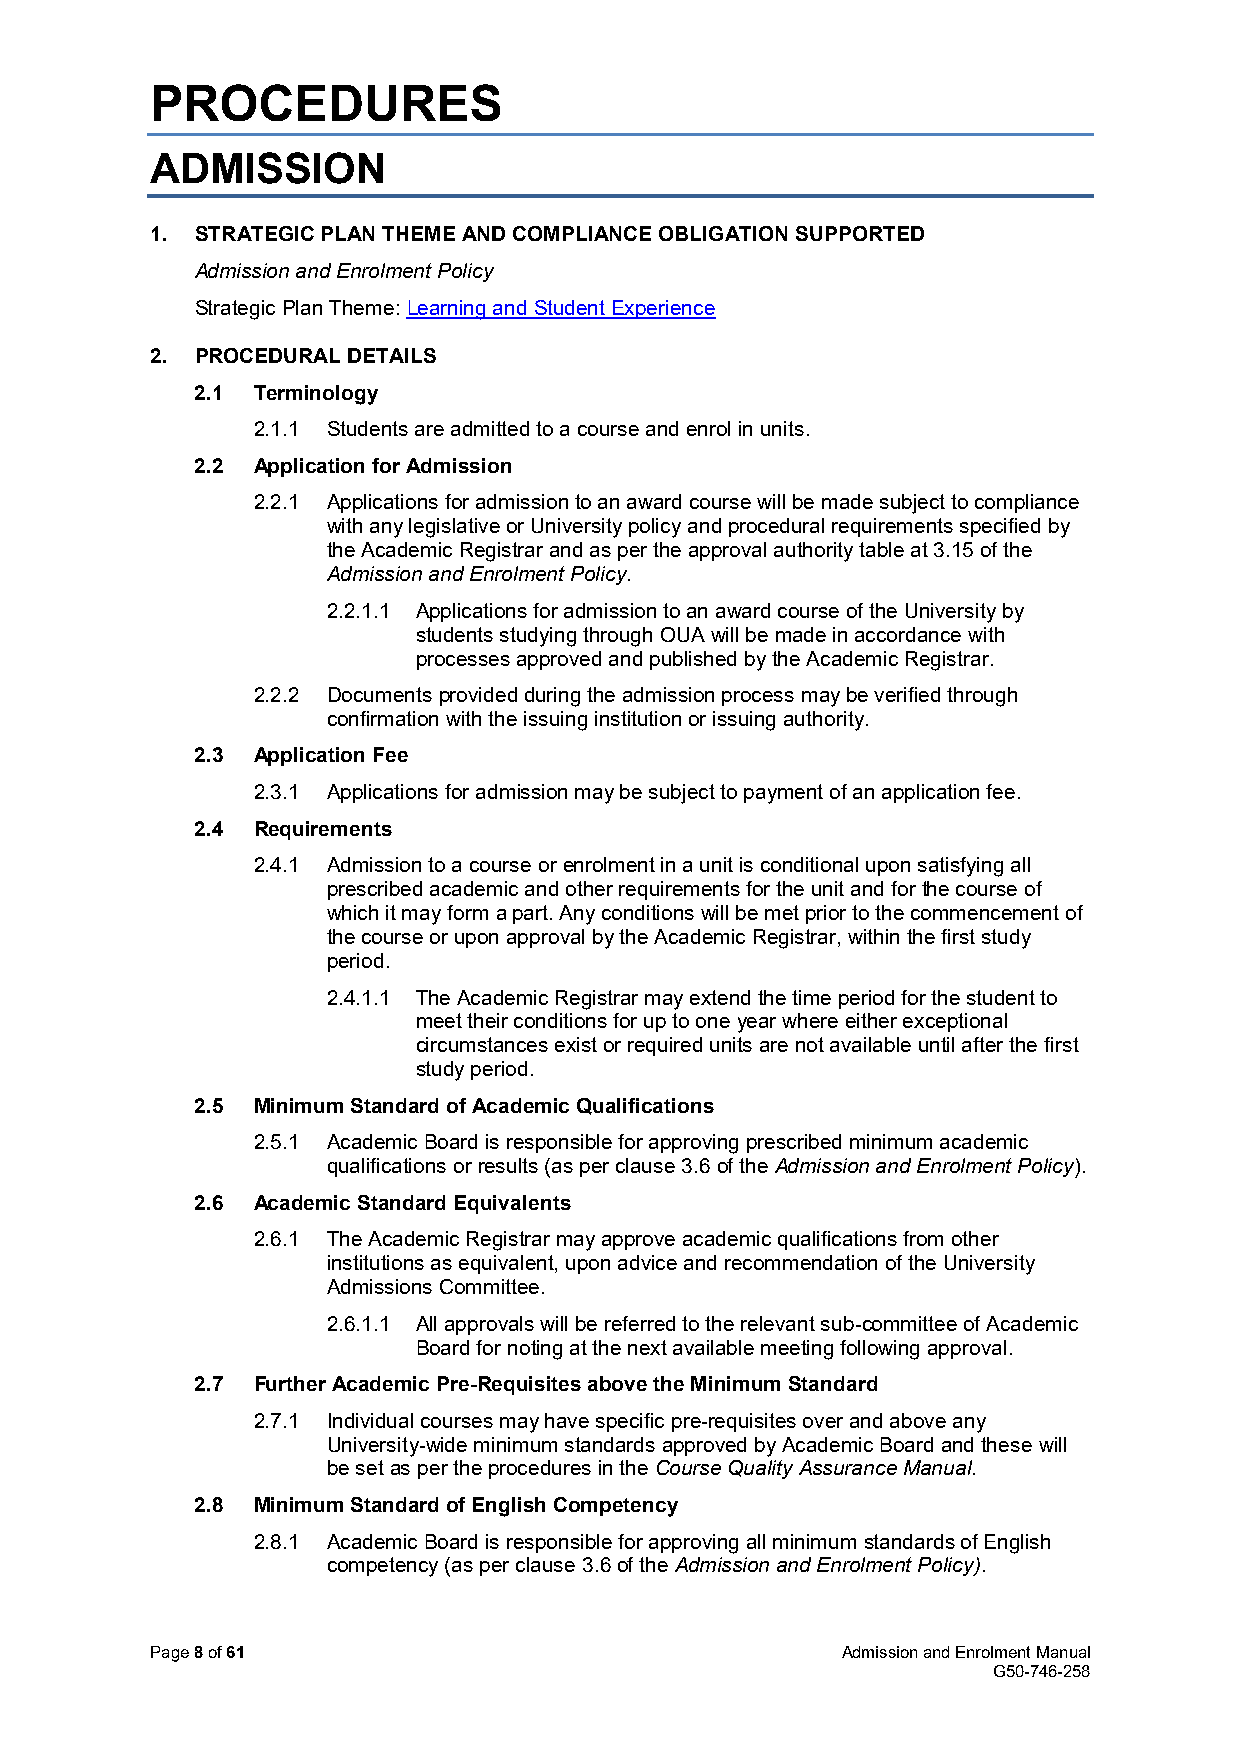
PROCEDURES
 ADMISSION
 1. STRATEGIC PLAN THEME AND COMPLIANCE OBLIGATION SUPPORTED
 Admission and Enrolment Policy
 Strategic Plan Theme: Learning and Student Experience
 2. PROCEDURAL DETAILS
 2.1 Terminology
 2.1.1 Students are admitted to a course and enrol in units.
 2.2 Application for Admission
 2.2.1 Applications for admission to an award course will be made subject to compliance
 with any legislative or University policy and procedural requirements specified by
 the Academic Registrar and as per the approval authority table at 3.15 of the
 Admission and Enrolment Policy.
 2.2.1.1 Applications for admission to an award course of the University by
 students studying through OUA will be made in accordance with
 processes approved and published by the Academic Registrar.
 2.2.2 Documents provided during the admission process may be verified through
 confirmation with the issuing institution or issuing authority.
 2.3 Application Fee
 2.3.1 Applications for admission may be subject to payment of an application fee.
 2.4 Requirements
 2.4.1 Admission to a course or enrolment in a unit is conditional upon satisfying all
 prescribed academic and other requirements for the unit and for the course of
 which it may form a part. Any conditions will be met prior to the commencement of
 the course or upon approval by the Academic Registrar, within the first study
 period.
 2.4.1.1 The Academic Registrar may extend the time period for the student to
 meet their conditions for up to one year where either exceptional
 circumstances exist or required units are not available until after the first
 study period.
 2.5 Minimum Standard of Academic Qualifications
 2.5.1 Academic Board is responsible for approving prescribed minimum academic
 qualifications or results (as per clause 3.6 of the Admission and Enrolment Policy).
 2.6 Academic Standard Equivalents
 2.6.1 The Academic Registrar may approve academic qualifications from other
 institutions as equivalent, upon advice and recommendation of the University
 Admissions Committee.
 2.6.1.1 All approvals will be referred to the relevant sub-committee of Academic
 Board for noting at the next available meeting following approval.
 2.7 Further Academic Pre-Requisites above the Minimum Standard
 2.7.1 Individual courses may have specific pre-requisites over and above any
 University-wide minimum standards approved by Academic Board and these will
 be set as per the procedures in the Course Quality Assurance Manual.
 2.8 Minimum Standard of English Competency
 2.8.1 Academic Board is responsible for approving all minimum standards of English
 competency (as per clause 3.6 of the Admission and Enrolment Policy).
 Page 8 of 61                                  Admission and Enrolment Manual
 G50-746-258